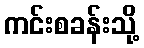
ကင်းစခန်းသို့